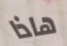
هاذا